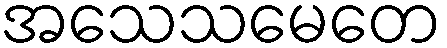
အသေသမေတေ